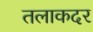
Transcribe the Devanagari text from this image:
तलाकदर